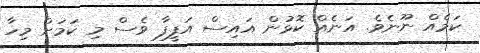
ކަމެއް ނޫނެވެ. އަނެއް ކޮޅުން އައިސް އަފީފާ ވެސް މި ކަމަށް މިހާ